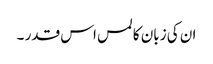
ان کی زبان کا لمس اس قدر ۔